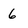
Character: 6